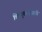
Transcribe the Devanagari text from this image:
विश्वगुरूपदासाठी